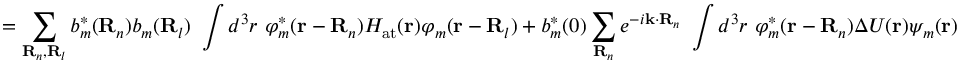
= \sum _ { \mathbf { R } _ { n } , \mathbf { R } _ { l } } b _ { m } ^ { * } ( \mathbf { R } _ { n } ) b _ { m } ( \mathbf { R } _ { l } ) \ \int d ^ { 3 } r \ \varphi _ { m } ^ { * } ( \mathbf { r } - \mathbf { R } _ { n } ) H _ { \mathrm { a t } } ( \mathbf { r } ) \varphi _ { m } ( \mathbf { r } - \mathbf { R } _ { l } ) + b _ { m } ^ { * } ( 0 ) \sum _ { \mathbf { R } _ { n } } e ^ { - i \mathbf { k } \cdot \mathbf { R } _ { n } } \ \int d ^ { 3 } r \ \varphi _ { m } ^ { * } ( \mathbf { r } - \mathbf { R } _ { n } ) \Delta U ( \mathbf { r } ) \psi _ { m } ( \mathbf { r } )